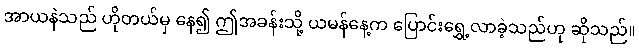
အာယနဲသည် ဟိုတယ်မှ နေ၍ ဤအခန်းသို့ ယမန်နေ့က ပြောင်းရွှေ့လာခဲ့သည်ဟု ဆိုသည်။